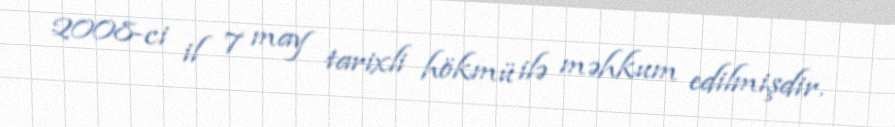
2008-ci il 7 may tarixli hökmü ilə məhkum edilmişdir.